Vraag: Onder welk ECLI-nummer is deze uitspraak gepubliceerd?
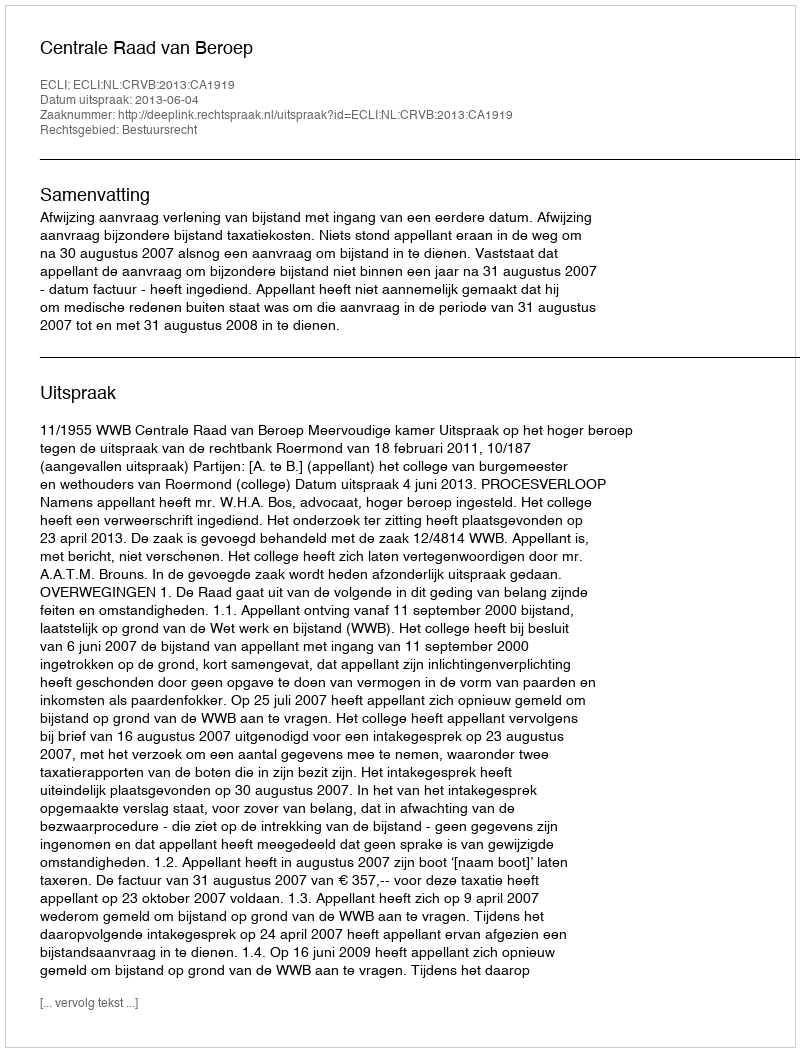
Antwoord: ECLI:NL:CRVB:2013:CA1919